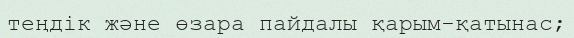
теңдік және өзара пайдалы қарым-қатынас;